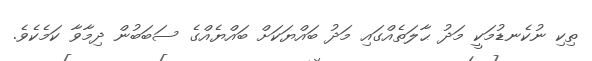
ތިކި ނުކެނޑުމަކީ މަދު ޙާލަތެއްގައި މަދު ބައްޔަކަށް ބައްޔެއްގެ ސަބަބުން ދިމާވާ ކަމެކެވެ.